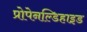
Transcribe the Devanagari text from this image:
प्रोपेनल्डिहाइड